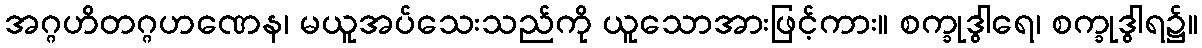
အဂ္ဂဟိတဂ္ဂဟဏေန၊ မယူအပ်သေးသည်ကို ယူသောအားဖြင့်ကား။ စက္ခုဒွါရေ၊ စက္ခုဒွါရ၌။